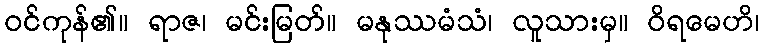
ဝင်ကုန်၏။ ရာဇ၊ မင်းမြတ်။ မနုဿမံသံ၊ လူသားမှ။ ဝိရမေဟိ၊